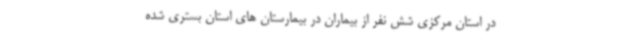
در استان مرکزی شش نفر از بیماران در بیمارستان های استان بستری شده